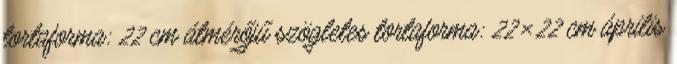
tortaforma: 22 cm átmérőjű szögletes tortaforma: 22×22 cm április